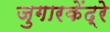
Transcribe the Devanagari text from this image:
जुगारकेंद्रे